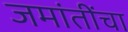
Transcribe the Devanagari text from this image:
जमांतींचा